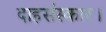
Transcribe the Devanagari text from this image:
दाहसंस्कार।